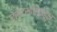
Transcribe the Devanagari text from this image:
वेस्टरबॉर्कहून